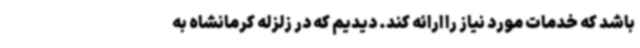
باشد که خدمات مورد نیاز را ارائه کند. دیدیم که در زلزله کرمانشاه به